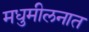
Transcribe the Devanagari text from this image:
मधुमीलनात